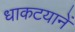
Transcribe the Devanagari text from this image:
धाकटयानें